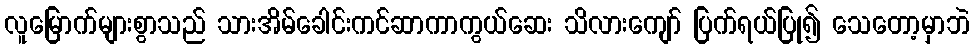
လူမြောက်များစွာသည် သားအိမ်ခေါင်းကင်ဆာကာကွယ်ဆေး သိလားကျော် ပြက်ရယ်ပြု၍ သေတော့မှာဘဲ